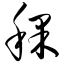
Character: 稞